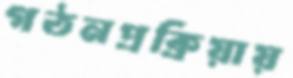
গঠনপ্রক্রিয়ায়